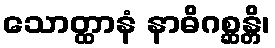
သောတ္ထာနံ နာဓိဂစ္ဆန္တိ၊